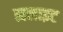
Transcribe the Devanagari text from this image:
ह्यलाइट